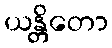
ယန္တိတော